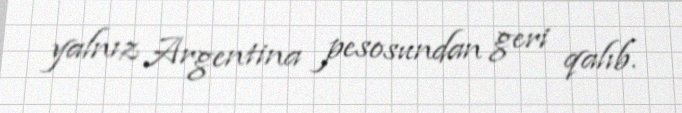
yalnız Argentina pesosundan geri qalıb.